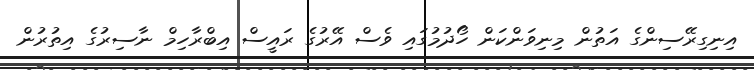
އިނިގިރޭސިންގެ އަތުން މިނިވަންކަން ހޯދުމުގައި ވެސް އޭރުގެ ރައީސް އިބްރާހިމް ނާސިރުގެ އިތުރުން